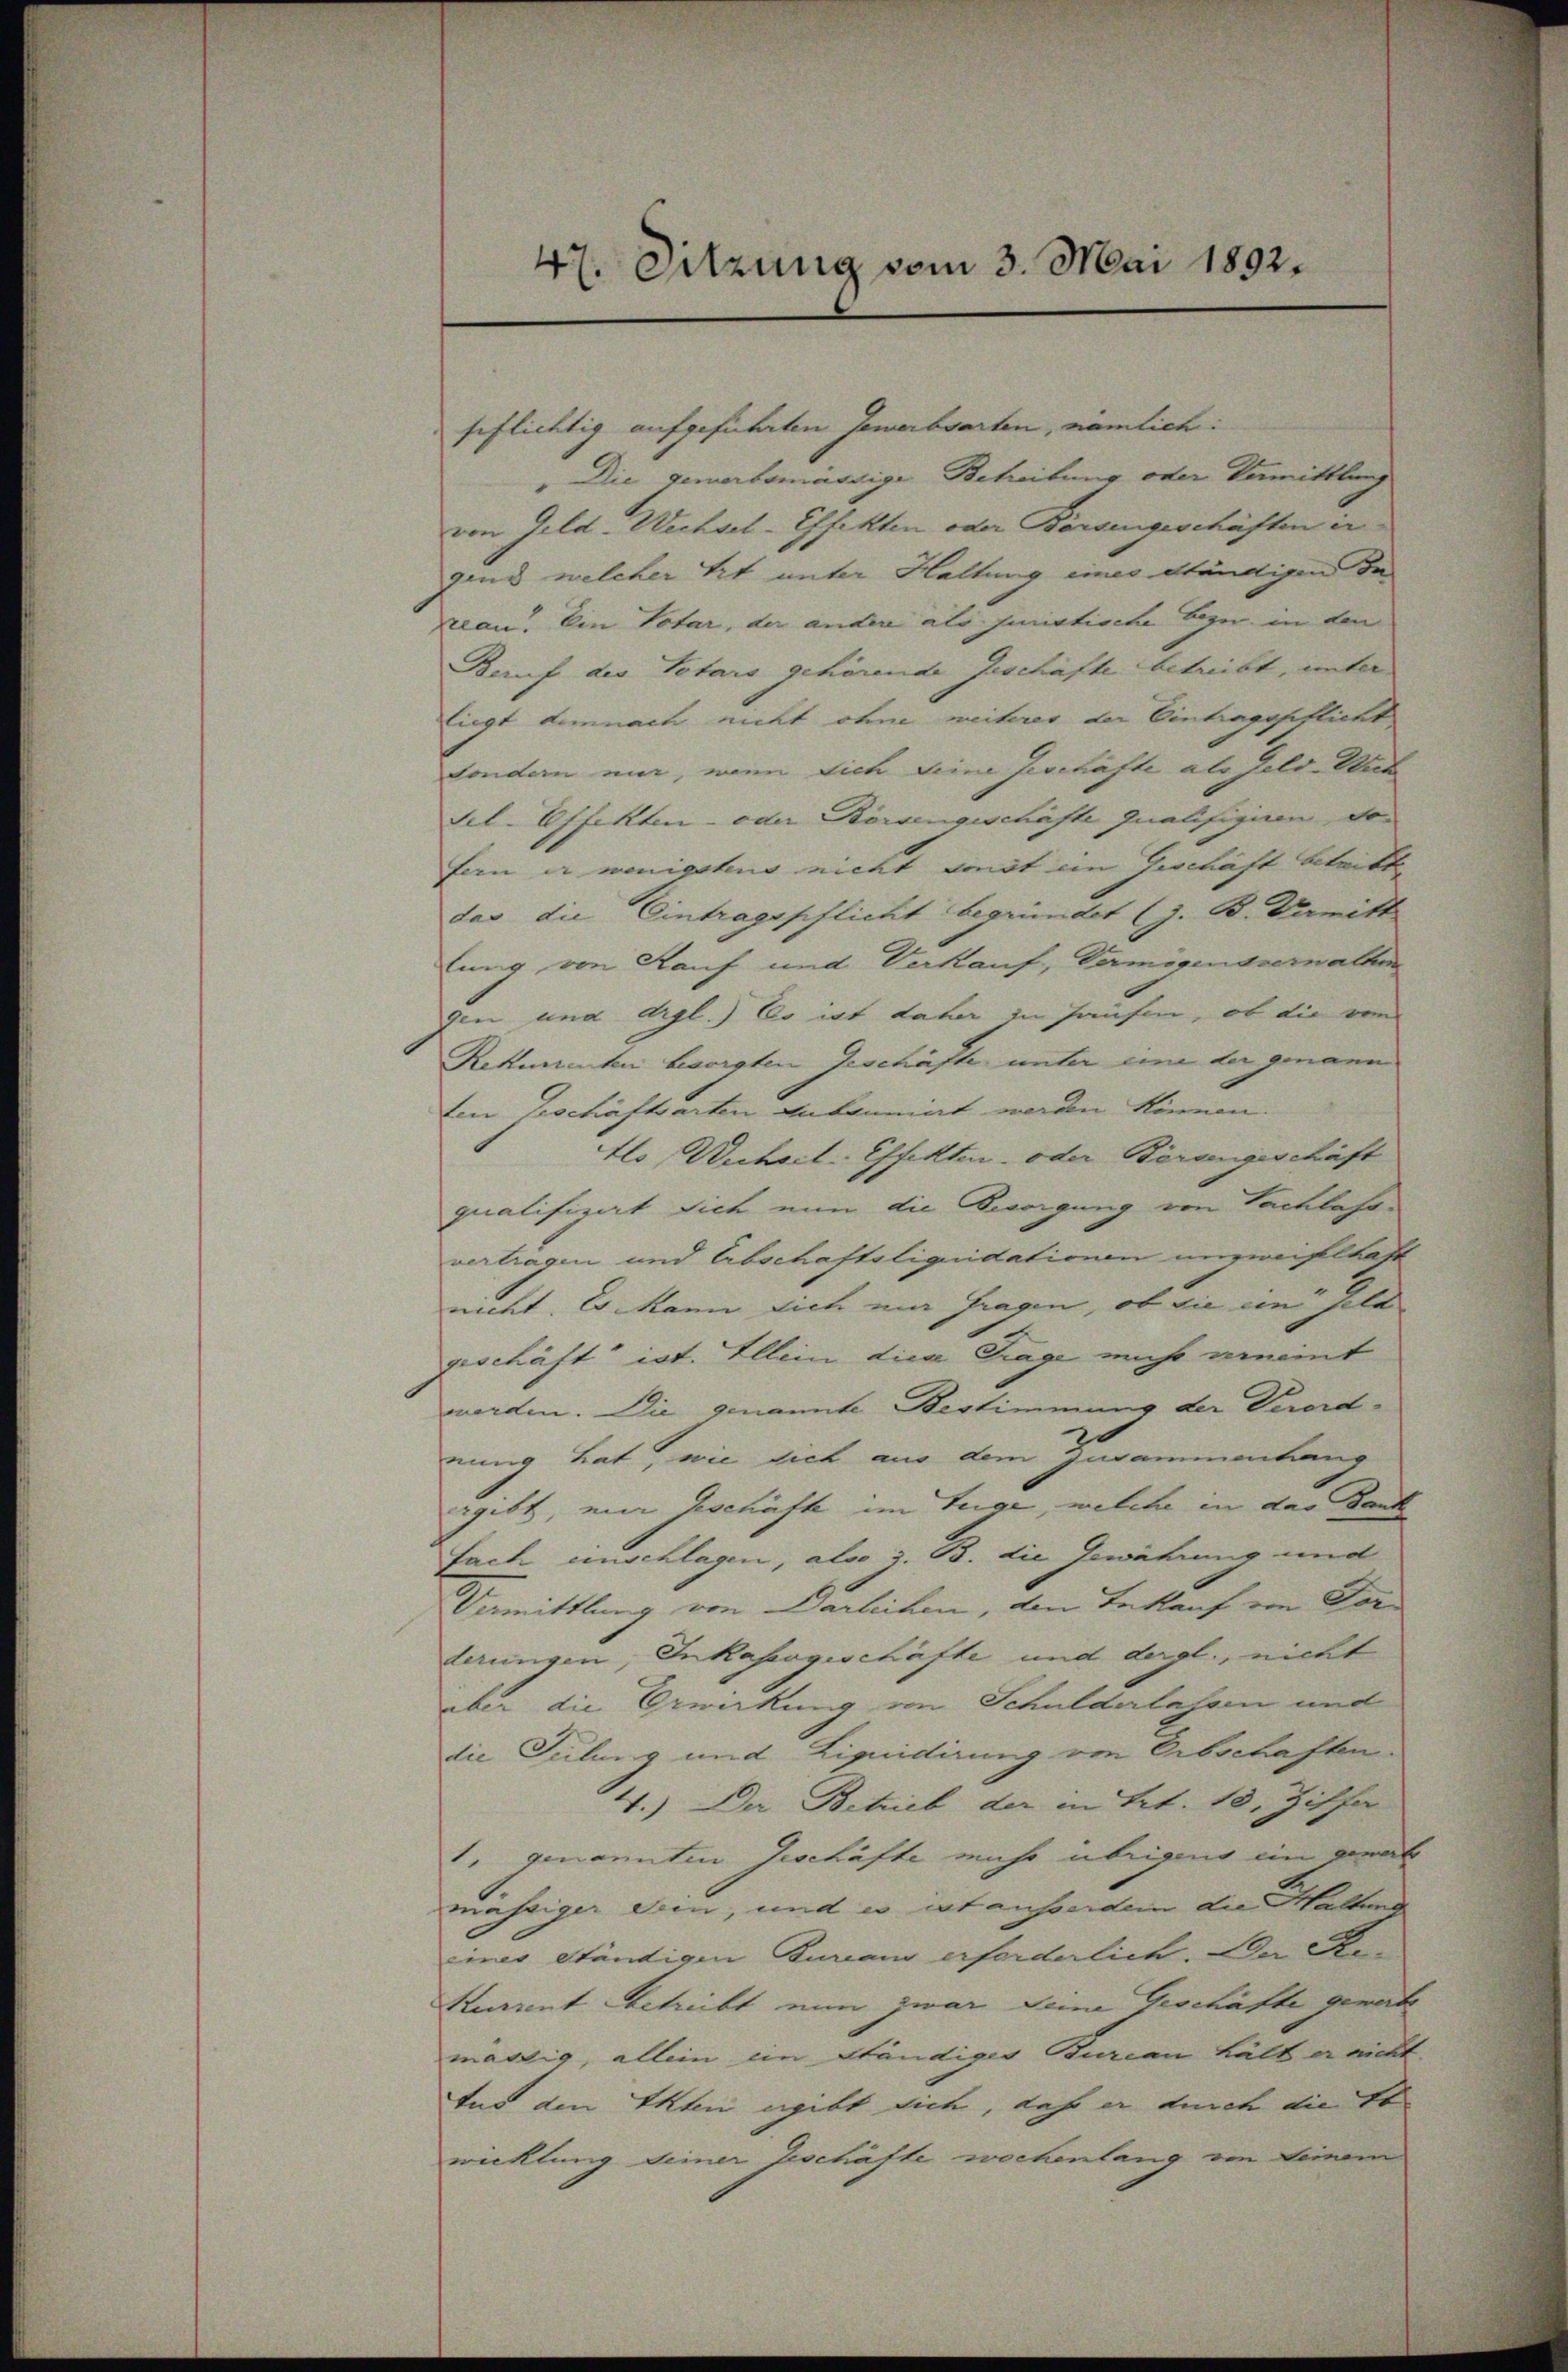
47. Sitzung vom 3. Mai 1892.

pflichtig aufgeführten Gewerbsarten, nämlich:
Die gewerbsmässige Betreibung oder Vermittlung
von Geld-Wechsel-Effekten oder Börsengeschäften in
gind welcher tit. unter Haltung eines Ständigen e
plan. Ein Votar, der andere als juristische Bege in den
Beruf der Totars gehörende Geschäfte betreibt, unter
liegt demnach nicht ohne weiterer der Eintragspflicht
Sondern mir, wenn sich Deine Geschäfte als Feld-Aus
Sel-Effekten - oder Börsengeschäfte qualifiziren, dan
fern er wenigstens nicht sonst ein Geschäft betritte
das die Eintragspflicht begründet (z. B. Vermitt
lung von Kauf und Verkauf, Vermögensverwalten
den und drgl.) So ist daher in Hausen, ob die von
Rekurrenten besorgten Geschäfte unter eine der genann
ten Geschäftsarten Anbauniat werden können.
tls, Unheit. Effekten- oder Berungeschäft
qualifirat sich nun die Besorgung von Tachlahrvertragen und Abschaftsliquidationen unzweifelhaft
nicht. Es kann sich mir fragen, ob die ein selb |
geschäft ist. Allein diese Trage nicht aneint
worden. Die genannte Bestimmung der Verordnung hat, wie sich aus dem Zusammenhang
rgibt, mir geschäfte im Zuge, welche in das Band
Fach anschlagen, also z. B. die Gewährung und
Vermittlung von Darleihen, dem Bekauf von Vorderungen, Inkassgeschäfte und dergl., nicht
aber die Erwirkung von Schulderlassen und
die Teilung und Liquidirung von Erbschaften.
4.) Der Betrieb der in Art. 18, Ziffer
1. genannten Geschäfte macht übrigens ein genart
mässiger Sein, und es ist ausserdem die haltung
iner Ständigen Bureau erforderlich. Da A.
Kurrent betreibt nun zwar seine Geschäfte gerate
mästig, allein ein ständiger Bureau halb er nicht.
Aus den Akten ergibt sich, daß er durch die St
wicklung seiner Geschäfte wochenlang ein seinem